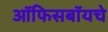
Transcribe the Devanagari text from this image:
ऑफिसबॉयचे